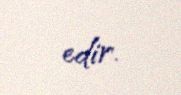
edir.